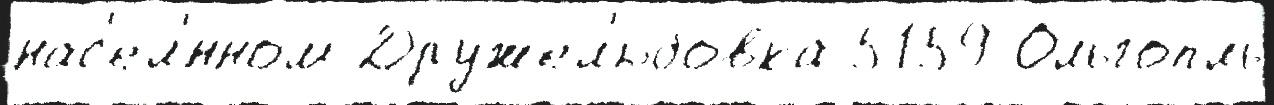
нас'ел'́нном Дружел'юбовка 5159 Ольгопль